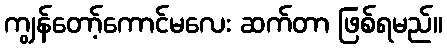
ကျွန်တော့်ကောင်မလေး ဆက်တာ ဖြစ်ရမည်။